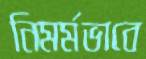
নিমর্মভাবে